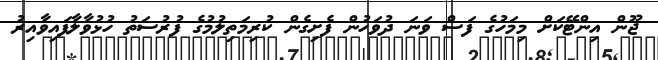
ޖޫން އިންޓޭކަށް މިމަހުގެ ފަސް ވަނަ ދުވަހުން ފެށިގެން ކުރިމަތިލުމުގެ ފުރުސަތު ހުޅުވާލާފައިވާއިރު